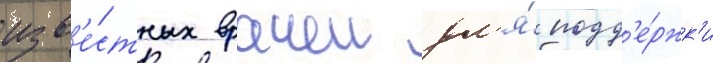
изв'е́стных врачеи дл'я́ подд'е́ржк'и